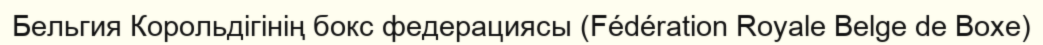
Бельгия Корольдігінің бокс федерациясы (Fédération Royale Belge de Boxe)